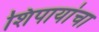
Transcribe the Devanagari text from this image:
शिपायांचा